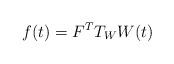
LaTeX: \begin{align*}f(t)=F^TT_WW(t) \end{align*}